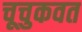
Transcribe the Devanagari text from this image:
चूचुकवत